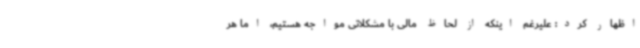
اظهار کرد: علیرغم اینکه از لحاظ مالی با مشکلاتی مواجه هستیم، اما هر